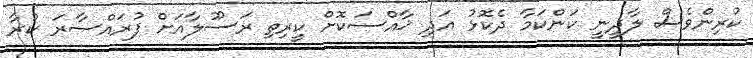
ކުރިންވެސް ލާދީނީ ކަންކަމާ ދެކޮޅު އަދި ޚާއްސަކޮށް ކީރިތި ރަސޫލާއަށް ފުރައްސާރަ ކުރާ